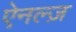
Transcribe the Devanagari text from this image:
ऐनल्ज़